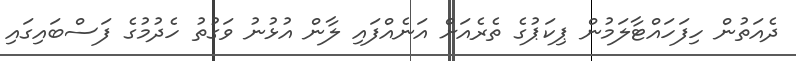
ދެއަތުން ހިފަހައްޓާލަމުން ޕިކަޕުގެ ތެރެއަށް އަނެއްފައި ލާން އުޅުނު ވަގުތު ހެދުމުގެ ފަސްބައިގައި